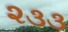
૨૩૩